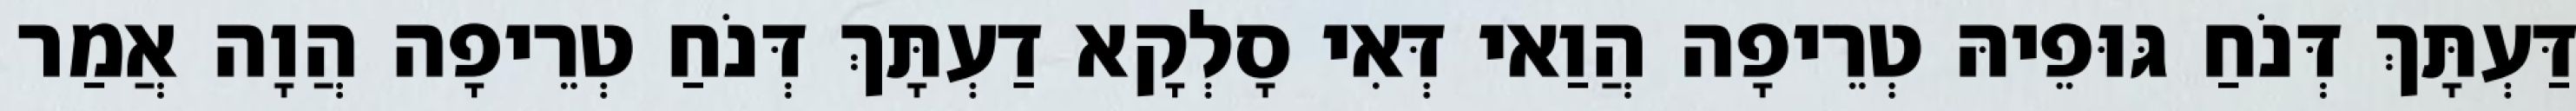
דַּעְתָּךְ דְּנֹחַ גּוּפֵיהּ טְרֵיפָה הֲוַאי דְּאִי סָלְקָא דַעְתָּךְ דְּנֹחַ טְרֵיפָה הֲוָה אֲמַר